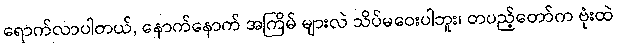
ရောက်လာပါတယ်, နောက်နောက် အကြိမ် များလဲ သိပ်မဝေးပါဘူး၊ တပည့်တော်က ဗုံးထဲ